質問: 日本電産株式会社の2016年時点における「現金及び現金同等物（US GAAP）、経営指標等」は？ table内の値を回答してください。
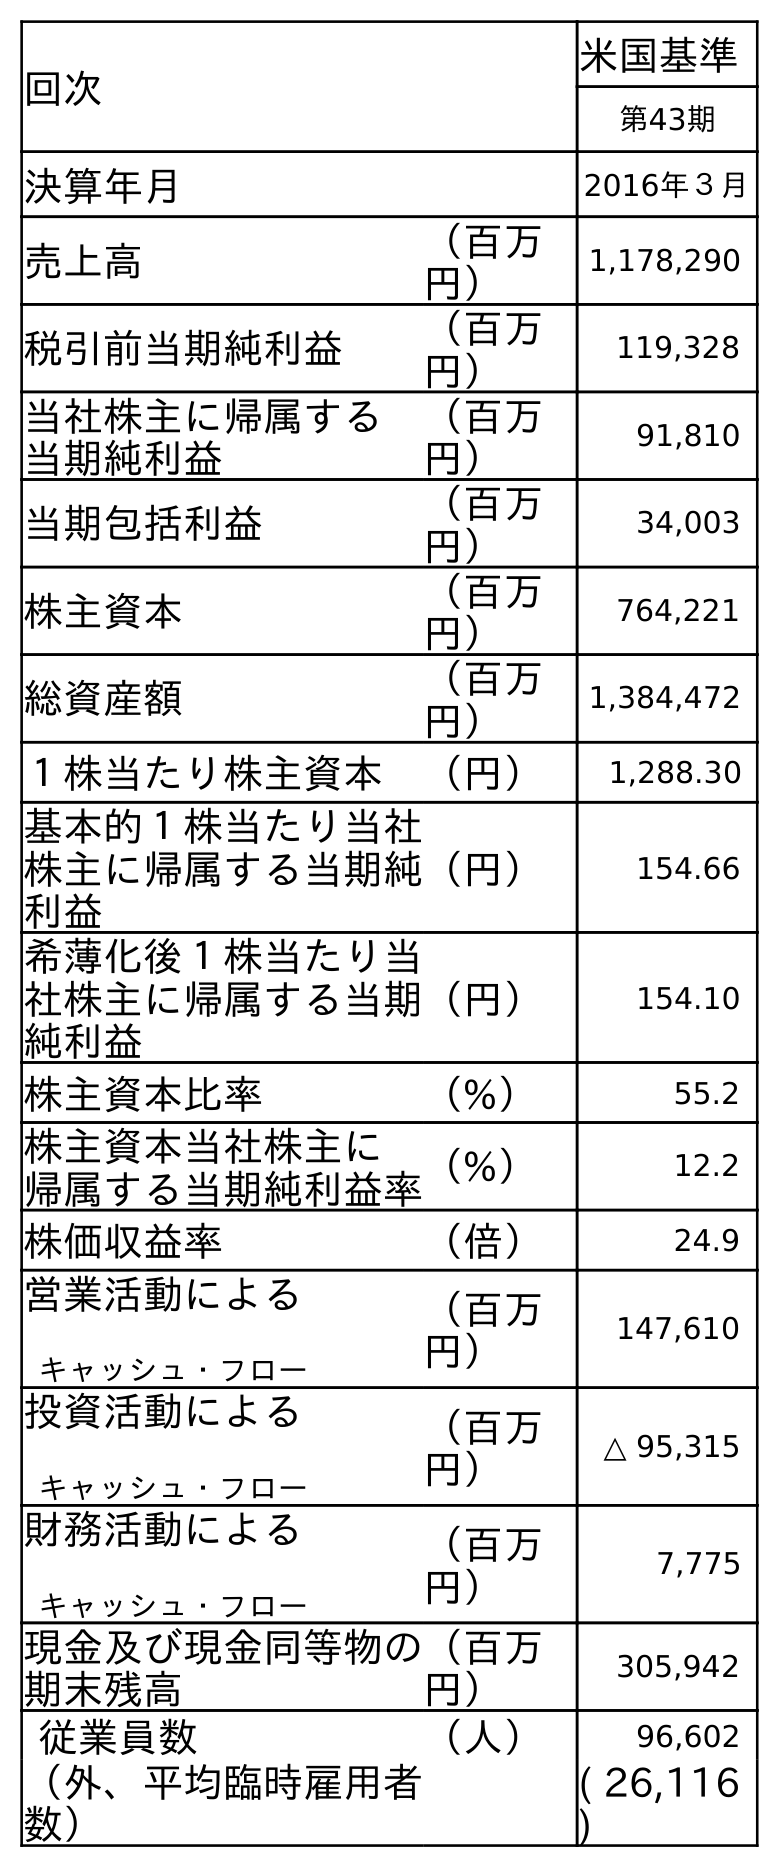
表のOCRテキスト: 回次 米国基準 第43期 決算年月 2016年３月 売上高 （百万 円） 1,178,290 税引前当期純利益 （百万 円） 119,328 当社株主に帰属する 当期純利益 （百万 円） 91,810 当期包括利益 （百万 円） 34,003 株主資本 （百万 円） 764,221 総資産額 （百万 円） 1,384,472 １株当たり株主資本 （円） 1,288.30 基本的１株当たり当社 株主に帰属する当期純 利益 （円） 154.66 希薄化後１株当たり当 社株主に帰属する当期 純利益 （円） 154.10 株主資本比率 （%） 55.2 株主資本当社株主に 帰属する当期純利益率（%） 12.2 株価収益率 （倍） 24.9 営業活動による キャッシュ・フロー （百万 円） 147,610 投資活動による キャッシュ・フロー （百万 円） △ 95,315 財務活動による キャッシュ・フロー （百万 円） 7,775 現金及び現金同等物の 期末残高 （百万 円） 305,942 従業員数 （人） 96,602 （外、平均臨時雇用者 数） ( 26,116 )
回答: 305,942